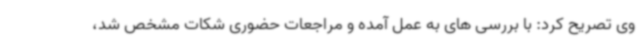
وی تصریح کرد: با بررسی های به عمل آمده و مراجعات حضوری شکات مشخص شد،